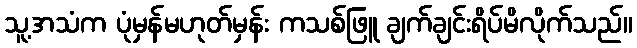
သူ့အသံက ပုံမှန်မဟုတ်မှန်း ကသစ်ဖြူ ချက်ချင်းရိပ်မိလိုက်သည်။